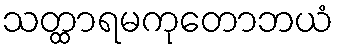
သတ္ထာရမကုတောဘယံ